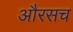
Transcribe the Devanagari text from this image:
औरसच